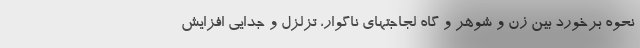
نحوه برخورد بین زن و شوهر و گاه لجاجتهای ناگوار، تزلزل و جدایی افزایش